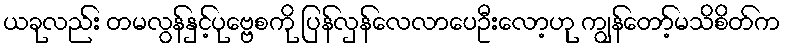
ယခုလည်း တမလွန်နှင့်ပုဗ္ဗေစကို ပြန်လှန်လေလာပေဦးလော့ဟု ကျွန်တော့်မသိစိတ်က